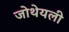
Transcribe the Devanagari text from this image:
जोथेयली